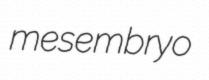
mesembryo